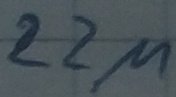
Text: 22µ